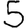
Digit: 5